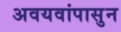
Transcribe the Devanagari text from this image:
अवयवांपासुन